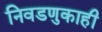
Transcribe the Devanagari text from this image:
निवडणुकाही